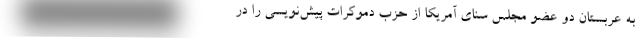
به عربستان دو عضو مجلس سنای آمریکا از حزب دموکرات پیش‌نویسی را در